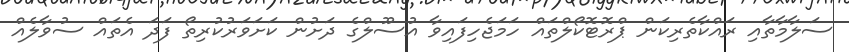
ސަލާމާތާއި ރައްކާތެރިކަން ޕްރޮޓޮކޯލްތައް ހަމަޖެހިފައިވާ އުސޫލްގެ ދަށުން ކަށަވަރުކުރިތޯ ފަދަ އެތައް ސުވާލެއް